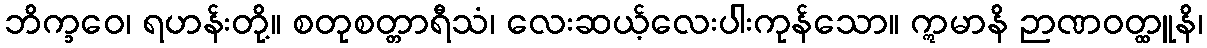
ဘိက္ခဝေ၊ ရဟန်းတို့။ စတုစတ္တာရီသံ၊ လေးဆယ့်လေးပါးကုန်သော။ ဣမာနိ ဉာဏဝတ္ထူနိ၊